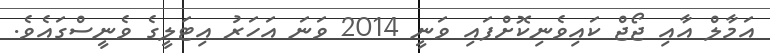
އަމާލް އާއި ޖޯޖް ކައިވެނިކޮށްފައި ވަނީ 2014 ވަނަ އަހަރު އިޓަލީގެ ވެނީސްގައެވެ.